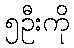
၅ဦးကို